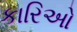
કારિઓ